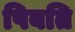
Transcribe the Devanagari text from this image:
पिबति